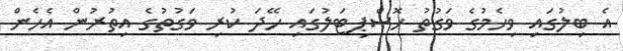
އެ ބިލުގައި ވިހެމުގެ ވަގުތު ހޮސްޕިޓަލުގައި ހޭދަ ކުރި ވަގުތުގެ އިތުރުން އެހެން